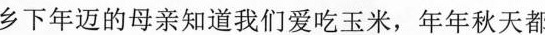
乡下年边的母亲知道我们们爱吃玉米，年年秋天都